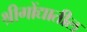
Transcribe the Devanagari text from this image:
श्रीगोंद्यातील